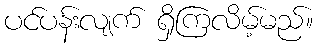
ပင်ပန်းလျက် ရှိကြလိမ့်မည်။